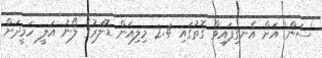
'ސަން' އަށް އެނގިފައިވާ ގޮތުގައި 2.4 މިލިއަން ޑޮލަރުގެ ލޯނު އަލީ ހަމީދަށް